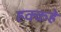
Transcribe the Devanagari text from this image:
हक्कहे